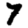
Digit: 7